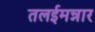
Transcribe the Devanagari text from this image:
तलईमन्नार